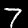
Label: 7